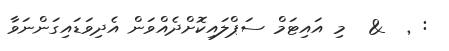
: